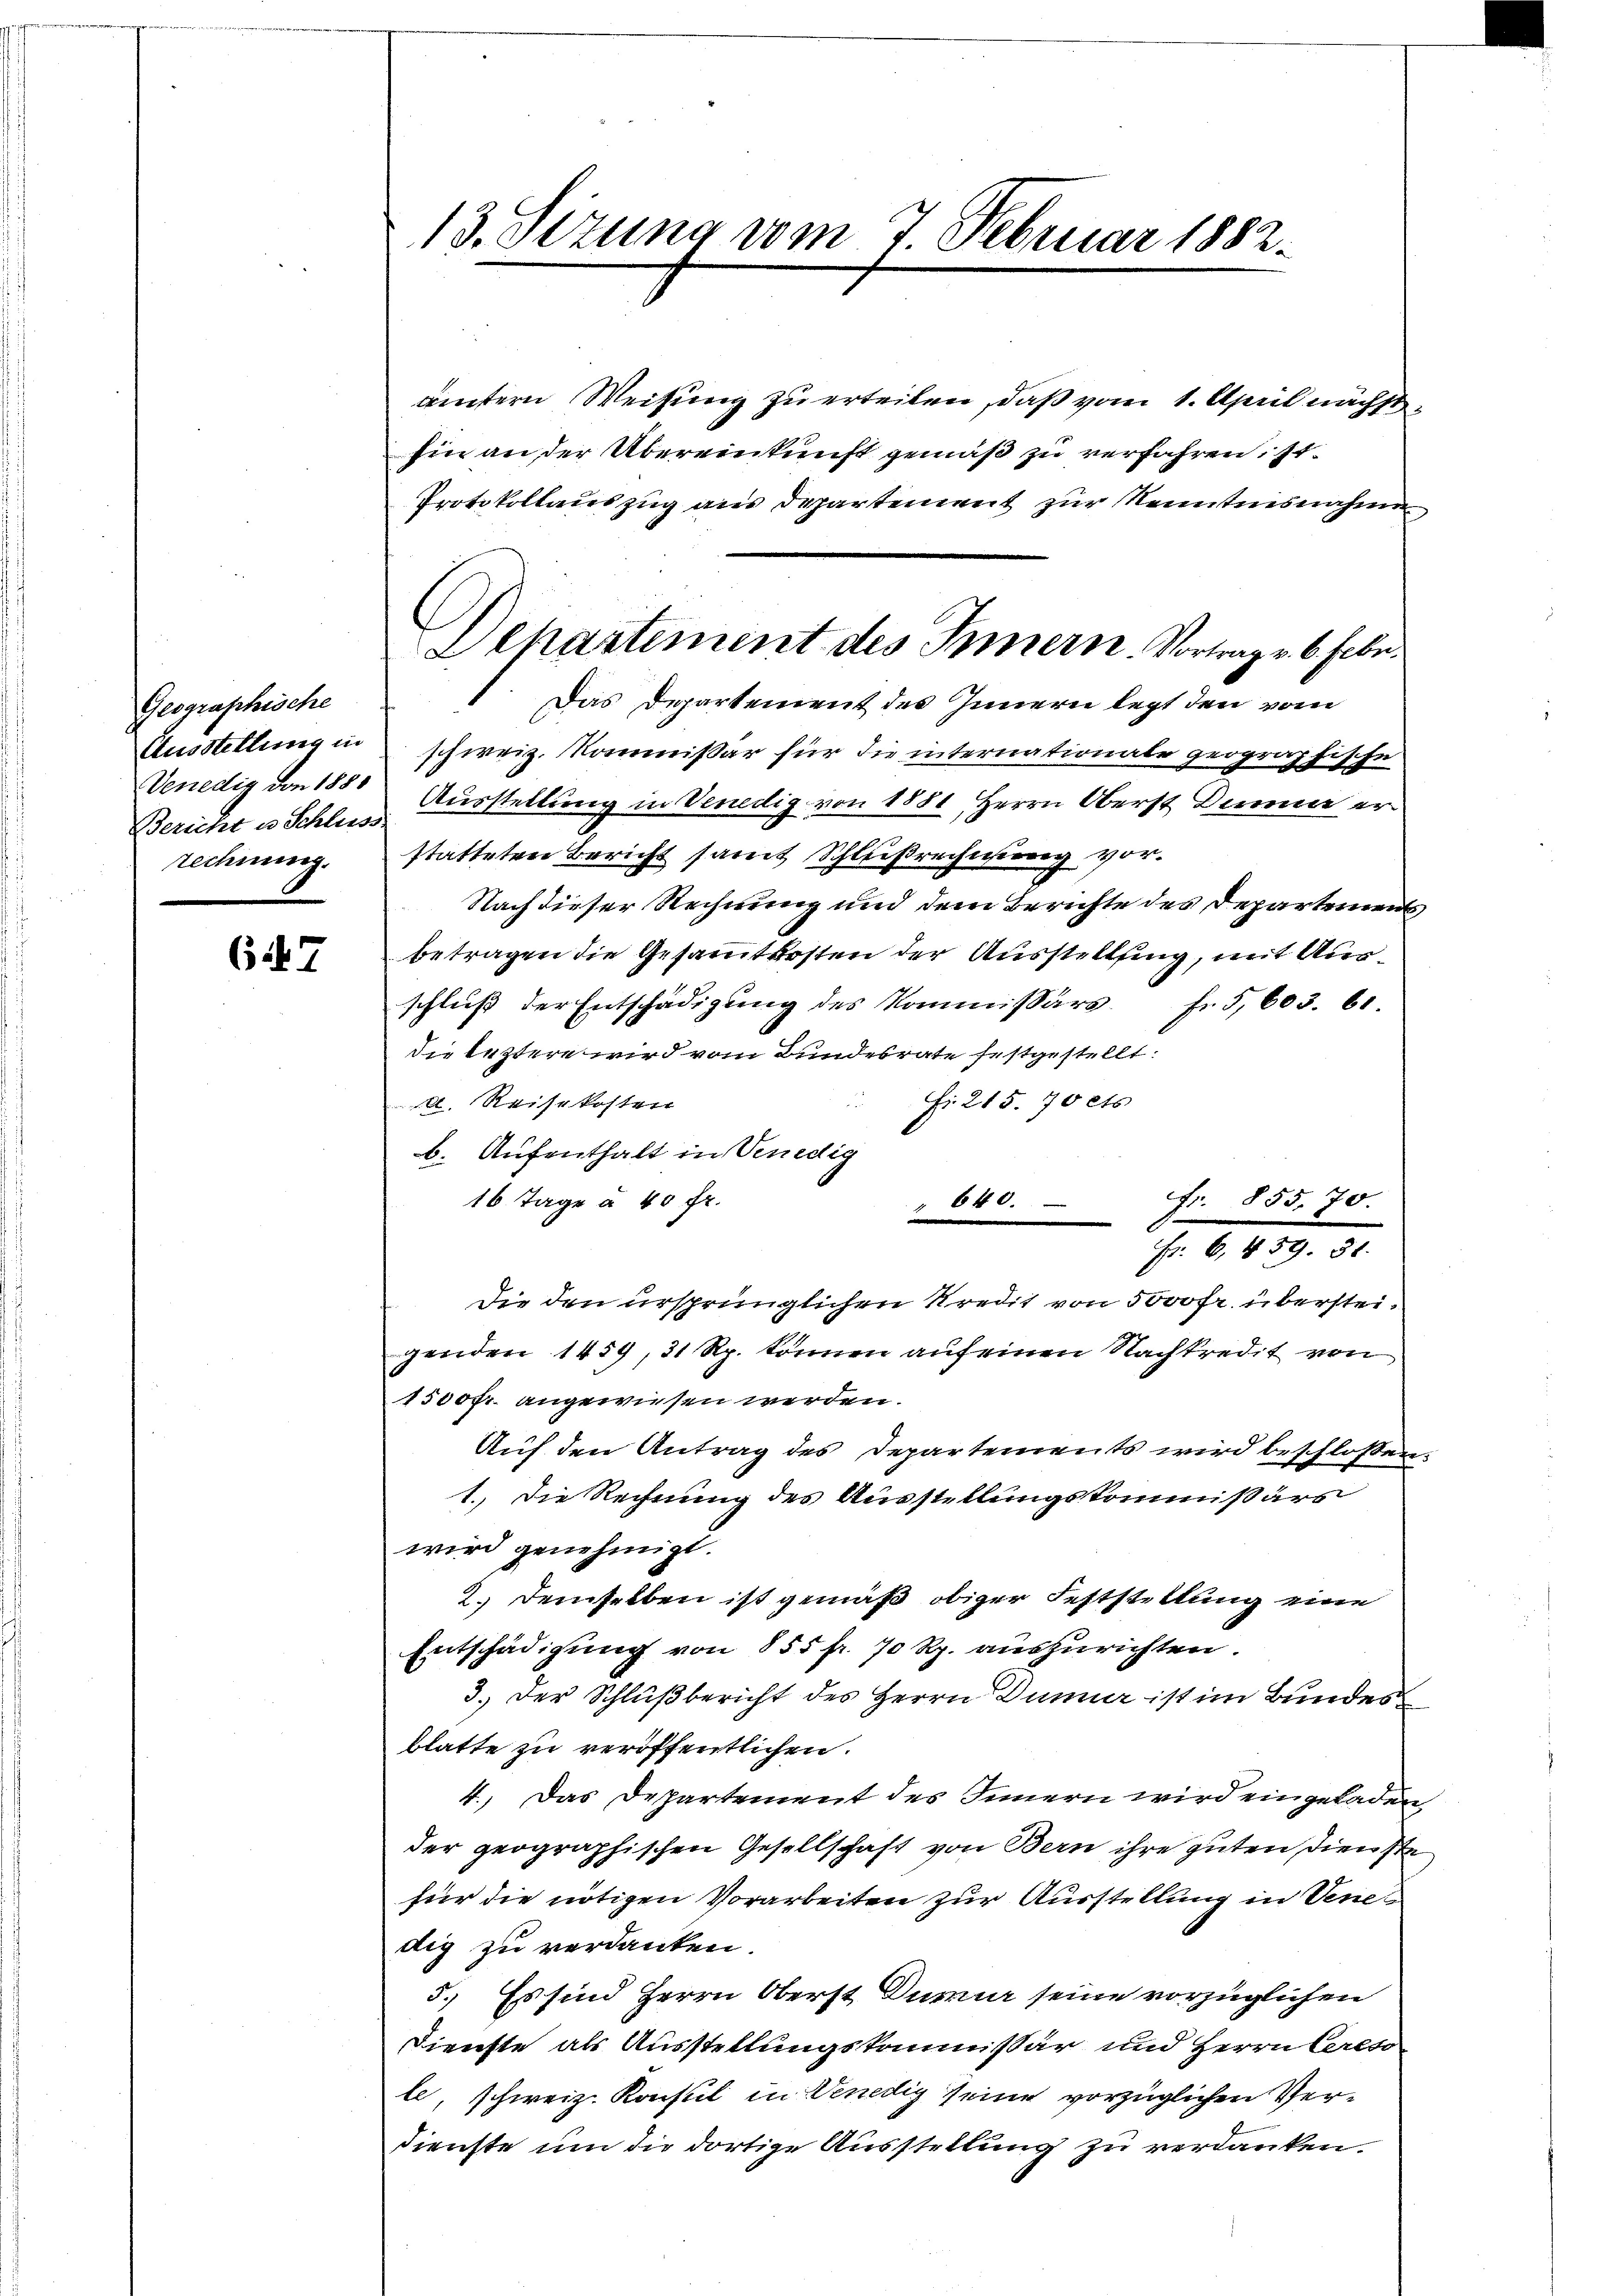
Geographische
Ausstellung in
Bericht es Schluss.
rechnung.

67

ämtern Weisung zu erteilen, daß vom 1. April nächsthin an der Übereinkunft gemäß zu verfahren, s.
Protokollauszug aus Departement zur Kenntnisnahme
Das Departement des Innern legt den vom
schweiz. Kommißär für die internationale geographische
Venedig den 1850 Ausstellung in Venedig von 1881, Herrn Oberst Deiner er
statteten Bericht samt Schlußrechnung vor¬
Nach dieser Rechnung und dem Berichte des Departements
betragen die Gesammtkosten der Ausstellung, mit Ausschluß der Entschädigung des Kommissärs. f. 5, 603. 61.
die leztere wird vom Bundesrate festgestellt:
Fr. 215. 70 cts
d. Reisekosten
b. Aufenthalt in Venedig
16 Tage à 40 fr.
 640.
Fr. 6, 459. 38.
die den ursprünglichen Kredit von 5000 Fr. übersteigenden 1459, 31 Rp. können auf einen Nachkredit von
1500 fr. angewiesen werden.
Auf den Antrag des Departements wird beschlossen:
1. Die Rechnung des Ausstellungskommißärs
wird genehmigt.
2.) Demselben ist gemäß obiger Feststellung eine
Entschädigung von 855 fr. 70 Rp. auszurichten.
3.) Der Schlußbericht des Herrn Dunner ist im Bundes
blatte zu veröffentlichen.
4.) Das Departement des Innern wird eingeladen
der geographischen Gesellschaft von Bern ihre guten Dienste
für die nötigen Vorarbeiten zur Ausstellung in Venedig zu verdanken.
5.) Es sind Herrn Oberst Dureur seine vorzüglichen
Dienste als Ausstellungskommissär und Herrn Cereso
le, schweiz. Konsul in Venedig seine vorzüglichen Verdienste um die dortige Ausstellung zu verdanken.

13. Sizung vom 7. Februar 1882.

Departement des Innern. Vortrag v. 6. Febr.

fr. 855. 70.